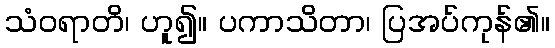
သံဝရာတိ၊ ဟူ၍။ ပကာသိတာ၊ ပြအပ်ကုန်၏။